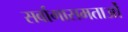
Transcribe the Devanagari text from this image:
सर्वागासमताओं